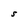
Character: s